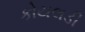
કોયલડી